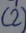
Text: (2)